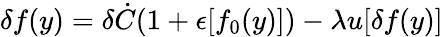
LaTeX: \delta f(y)=\delta\dot{C}(1+\epsilon[f_{0}(y)])-\lambda u[\delta f(y)]